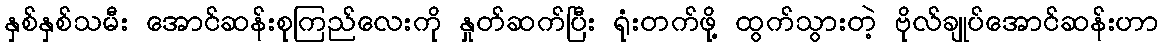
နှစ်နှစ်သမီး အောင်ဆန်းစုကြည်လေးကို နှုတ်ဆက်ပြီး ရုံးတက်ဖို့ ထွက်သွားတဲ့ ဗိုလ်ချုပ်အောင်ဆန်းဟာ